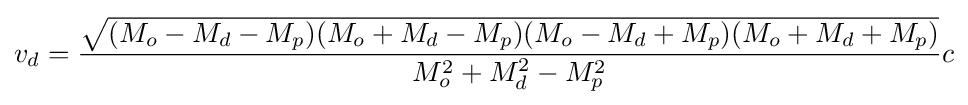
v_{d}={\frac {\sqrt {(M_{o}-M_{d}-M_{p})(M_{o}+M_{d}-M_{p})(M_{o}-M_{d}+M_{p})(M_{o}+M_{d}+M_{p})}}{M_{o}^{2}+M_{d}^{2}-M_{p}^{2}}}c